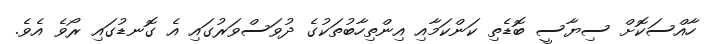
ހާއްސަކޮށް ސިޔާސީ ބޮޑެތި ކަންކަމާއި އިންތިހާބުތަކުގެ ދުވަސްވަރުގައި އެ ގޮނޑުގައި ރޯވެ އެވެ.